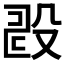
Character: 𣪐